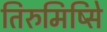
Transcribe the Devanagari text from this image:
तिरुमिष्सिे